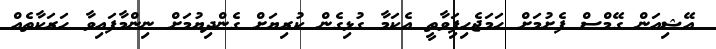
އޭޝިއަން ގޭމްސް ފެށުމަށް ހަމަޖެހިފަިވާތީ އެކަމާ ގުޅިގެން ކުރިޔަށް ގެންދިޔުމަށް ނިންމާފައިވާ ހަރަކާތެއް